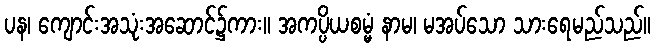
ပန၊ ကျောင်းအသုံးအဆောင်၌ကား။ အကပ္ပိယစမ္မံ နာမ၊ မအပ်သော သားရေမည်သည်။